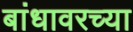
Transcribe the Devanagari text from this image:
बांधावरच्या